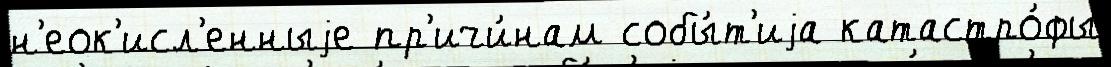
н'еок'исл'енныjе пр'ичи́нам собы́т'иjа катастро́фы